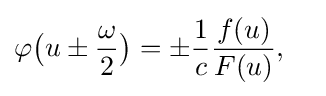
\varphi {\big (}u\pm {\omega  \over 2}{\big )}=\pm {1 \over c}{f(u) \over F(u)},\quad